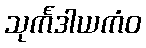
သုင်္ကဒါယကံဝ